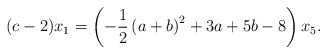
\begin{align*}(c-2)x_1=\left(-\frac{1}{2}\left(a +b\right)^ 2 + 3a + 5b - 8\right)x_5.\end{align*}